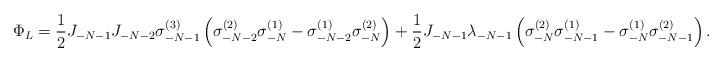
LaTeX: \begin{align*}\Phi_L = \frac{1}{2} J_{-N-1} J_{-N-2} \sigma_{-N-1} ^{(3)} \left( \sigma_{-N-2} ^{(2)} \sigma_{-N} ^{(1)} - \sigma_{-N-2} ^{(1)} \sigma_{-N} ^{(2)} \right) + \frac{1}{2} J_{-N-1} \lambda_{-N-1} \left( \sigma_{-N}^{(2)}\sigma_{-N-1}^{(1)} -\sigma_{-N}^{(1)} \sigma_{-N-1}^{(2)} \right).\end{align*}